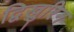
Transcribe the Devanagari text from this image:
द्विखुरिन